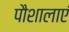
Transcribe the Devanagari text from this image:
पौशालाएं